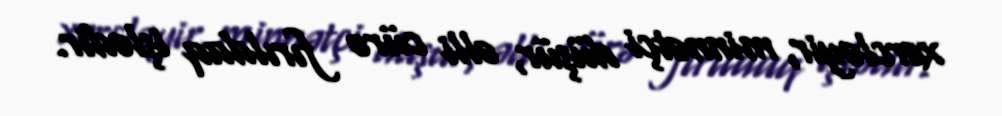
xərcləyir, minnətçi düşür, əlli cürə fırıldaq işlədir.